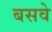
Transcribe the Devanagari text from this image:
बसवे